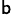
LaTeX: ^\mathsf{b}